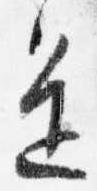
進